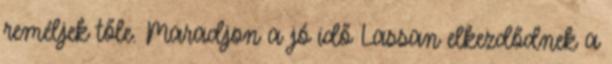
reméljek tőle. Maradjon a jó idő Lassan elkezdődnek a